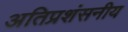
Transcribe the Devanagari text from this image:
अतिप्रशंसनीय